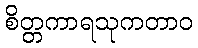
စိတ္တကာရသုကတာဝ